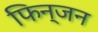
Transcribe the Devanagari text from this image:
फिन्जन